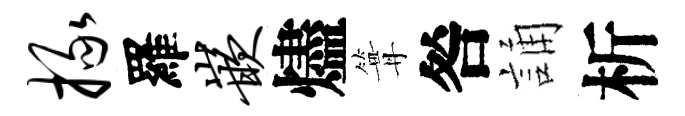
掾羅嵌燼篝咎誦析